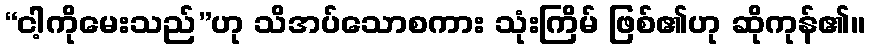
“ငါ့ကိုမေးသည်”ဟု သိအပ်သောစကား သုံးကြိမ် ဖြစ်၏ဟု ဆိုကုန်၏။